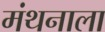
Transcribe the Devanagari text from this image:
मंथनाला